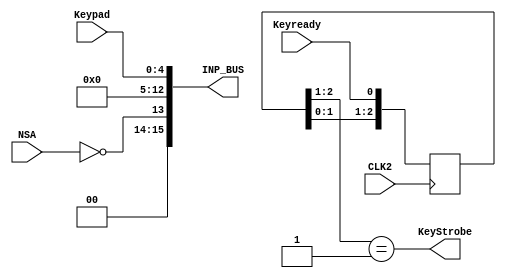
module ng_INP(
	input  						CLK2,				
	input  						NSA,				
	input  		[ 4:0]		Keypad,			
	input							Keyready,		
	output  		[15:0]		INP_BUS,			
	output  						KeyStrobe		
);
assign INP_BUS   = {2'b00, !NSA, 8'h00, Keypad};
reg [2:0] DRedge;  
always @(posedge CLK2) DRedge <= {DRedge[1:0], Keyready};
wire DR_risingedge  = (DRedge[2:1] == 2'b01);      
assign KeyStrobe = DR_risingedge;
endmodule